Report of an investigation of the epidemic of malarial fever in Assam, or, kala-azar
Disease focus: Malaria
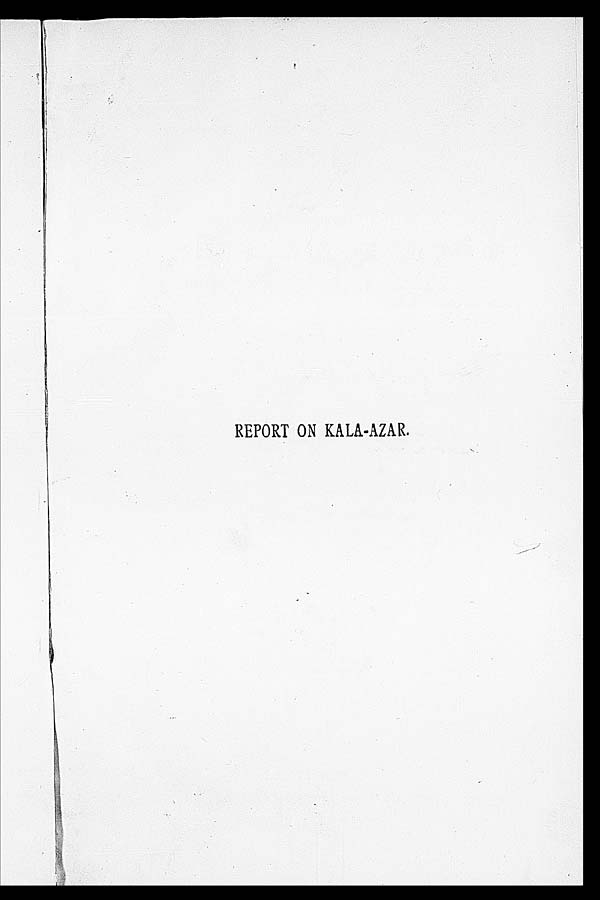
REPORT ON KALA-AZAR.